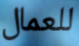
للعمال